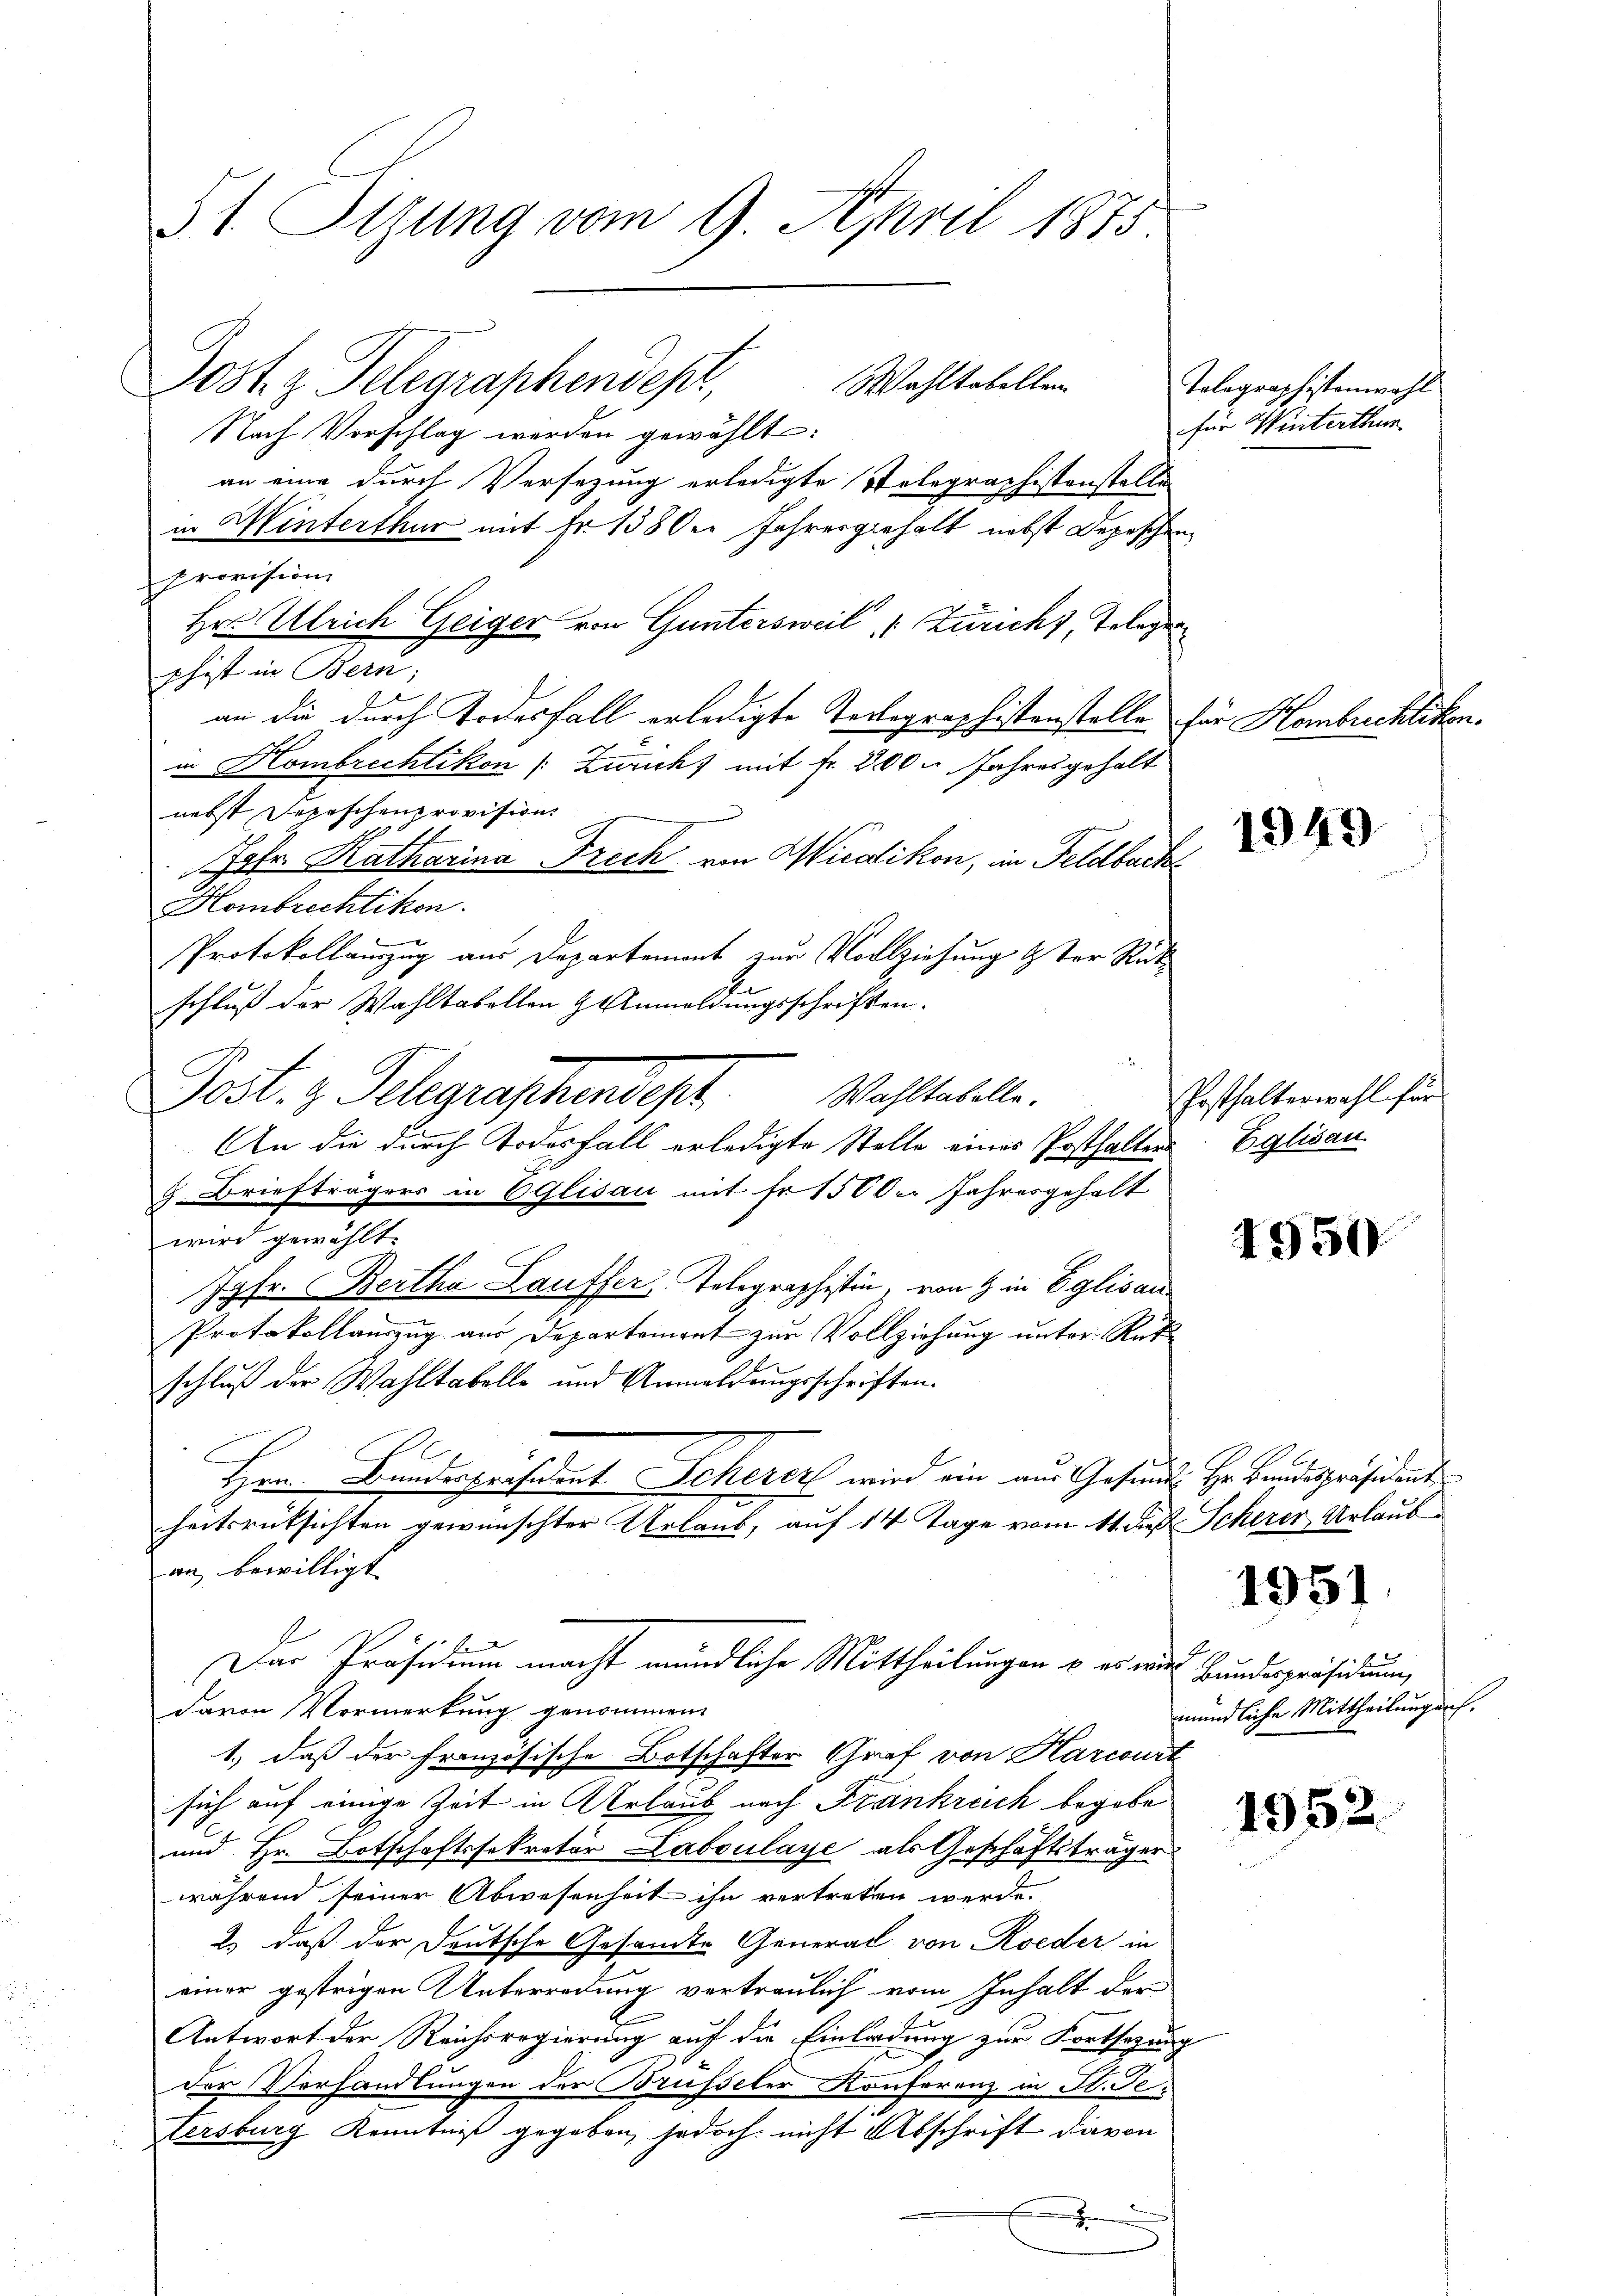
51 Tigung vom 9. April 1875.

Post. g. Telegraphendept,
Nach Vorschlag werden gewählt:
an eine durch Versezung erledigte Telegraphistenstelle
in Hinterthur mit Fr. 1380er Jahresgehalt nebst Depeschen
provision
Hr. Ulrich Geiger von Guntersweil " Zuricht, Telegen
chist in Bern;
an die durch Todesfall erledigte Tortegraphistenstelle für Hombrechtikon.
in Hombrechtikon (: Zürich) mit Fr. 200. Jahres gehalt
nebst Sepeschenprovision.
Johr. Katharina Frech von Wiedikon, in Feldbach
Hombrechtikon.
Protokollamzug aus Departement zur Vollziehung & der Rückschluß der Wahltabellen & Anmeldungsschriften.
Post. 3. Pelgraschendep
An die durch Todesfall erledigte Stelle eines Posthalten
g. Briefträgers in 6 Glisau mit fr. 1500. Jahresgehalt
wird gewählt.
Jgfr. Bertha Lauffer, Telegraphistin, von 8 in Eglisau
Protokollauszug aus Departement zur Vollziehung unter Rükschluß der Wahltabelle und Anmeldungsschriften.
Hrn. Bundespräsident. Scherer wird ein aus Gesund Hr. Landespräsident
heitsrücksichten gewünschter Urlaub, auf 14 Tage vom 11. die Scherer Urlaub
an bewilligt.
Der Präsidium macht mündliche Mittheilungen u. es wur
davon Vormerkung genommen.
1.) daß der französische Botschafter Graf von Harcourt
sich auf einige Zeit in Urlaub nach Frankreich begabe
und Hr. Botschaftssekretär Laboulaye als Geschäftsträger
während seiner Abwesenheit ihn vertreten werde.
2.) daß der Deutsche Gesamte General von Roeder in
einer gestrigen Unterredung vertraulich vom Inhalt der
Antwort der Reichsregierung auf die Einladung zur Fortsetzung
der Verhandlungen der Brüsseler Konferenz in H. Ge¬
Tersburg Kenntniß gegeben, jedoch nicht Abschrift davon
.

Wahltabelle.

Wahltabellen.

Telegraphistenwahl
für Winterthur

1949

Posthalterwahl für
Eglisau

4950.

1951

x
Bundespräsidium
mündliche Mittheilung auf.

1952.